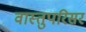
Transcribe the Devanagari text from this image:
वास्तुपरिसर